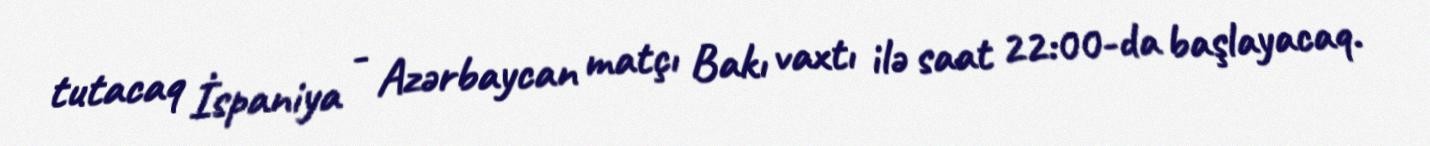
tutacaq İspaniya - Azərbaycan matçı Bakı vaxtı ilə saat 22:00-da başlayacaq.